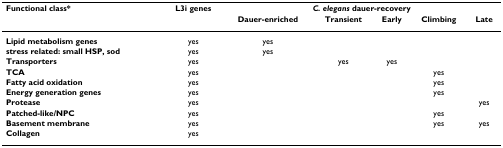
| Functional class* | L3i genes | <COLSPAN=5> C. elegans dauer-recovery |
 |  |  | Dauer-enriched | Transient | Early | Climbing | Late |
 | --- | --- | --- | --- | --- | --- | --- |
 | Lipid metabolism genes | yes | yes |  |  |  |  |
 | stress related: small HSP, sod | yes | yes |  |  |  |  |
 | Transporters | yes |  | yes | yes |  |  |
 | TCA | yes |  |  |  | yes |  |
 | Fatty acid oxidation | yes |  |  |  | yes |  |
 | Energy generation genes | yes |  |  |  | yes |  |
 | Protease | yes |  |  |  |  | yes |
 | Patched-like/NPC | yes |  |  |  | yes |  |
 | Basement membrane | yes |  |  |  | yes | yes |
 | Collagen | yes |  |  |  |  |  |